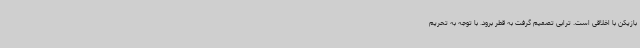
بازیکن با اخلاقی است. ترابی تصمیم گرفت به قطر برود. با توجه به تحریم